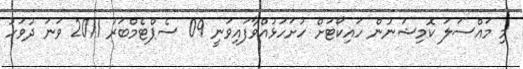
މި މައްސަލަ ކޮމިޝަނުން ހައިކޯޓަށް ހުށަހަޅުއްވާފައިވަނީ 09 ސެޕްޓެމްބަރު 2011 ވަނަ ދުވަހު